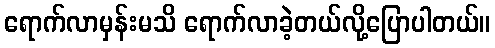
ရောက်လာမှန်းမသိ ရောက်လာခဲ့တယ်လို့ပြောပါတယ်။